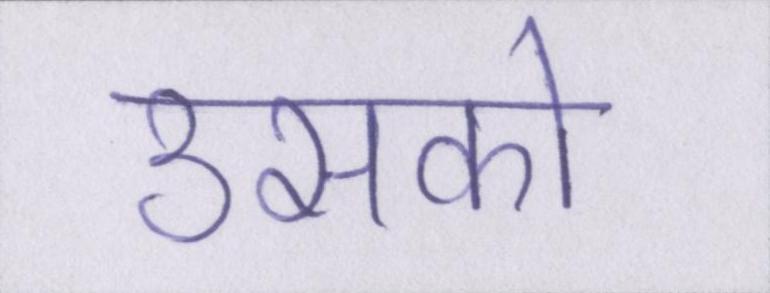
उसको